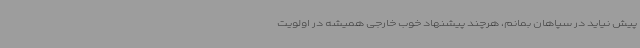
پیش نیاید در سپاهان بمانم، هرچند پیشنهاد خوب خارجی همیشه در اولویت